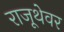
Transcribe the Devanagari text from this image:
राजूथेवर